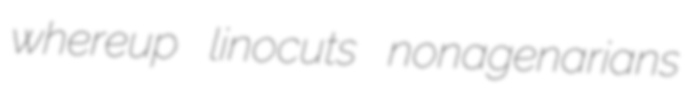
whereup linocuts nonagenarians